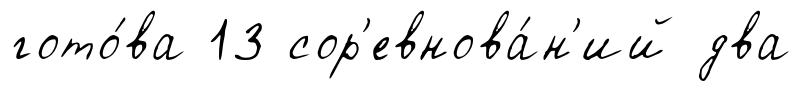
гото́ва 13 сор'евнова́н'ий два